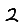
Digit: 2